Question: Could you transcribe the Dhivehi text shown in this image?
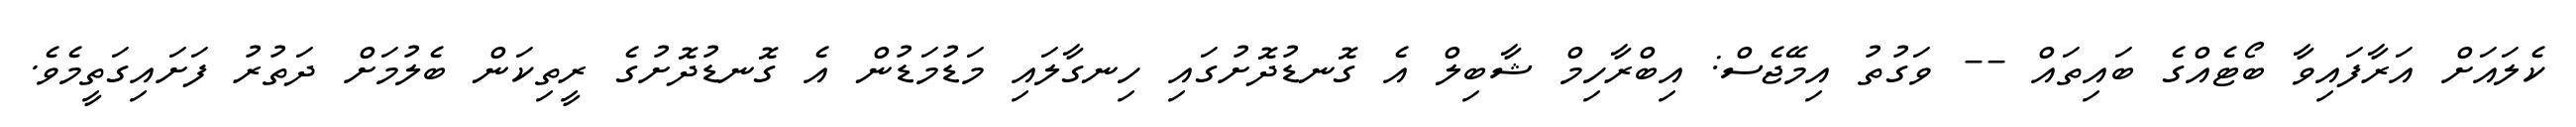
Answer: ކެލައަށް އަރާފައިވާ ބޯޓެއްގެ ބައިތައް -- ވަގުތު އިމޭޖެސް: އިބްރާހިމް ޝާބިލް އެ ގޮނޑުދޮށުގައި ހިނގާލައި މަޑުމަޑުން އެ ގޮނޑުދޮށުގެ ރީތިކަން ބެލުމަށް ދަތުރު ފަށައިގަތީމެވެ.